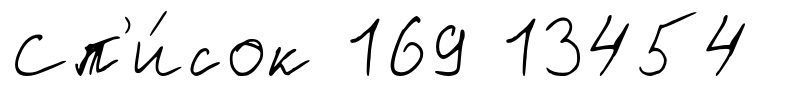
Сп'и́сок 169 13454